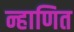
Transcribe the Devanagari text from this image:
न्हाणित